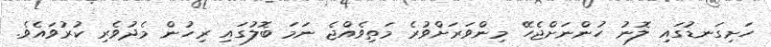
ހަށިގަނޑުގައި ލޮނު ހުންނަށްޖެހޭ މިންވަރަށްވުރެ މަތިވެއްޖެ ނަމަ ބޮލުގައި ރިހުން މެދުވެރި ކުރުވައެވެ.